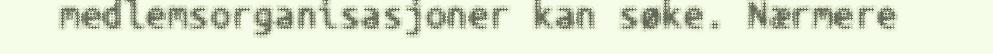
medlemsorganisasjoner kan søke. Nærmere